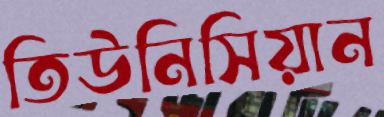
তিউনিসিয়ান